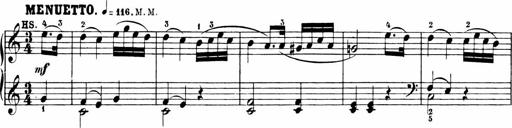
Title: 6 Sonatinas
Composer: Carl Reinecke